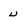
Character: U